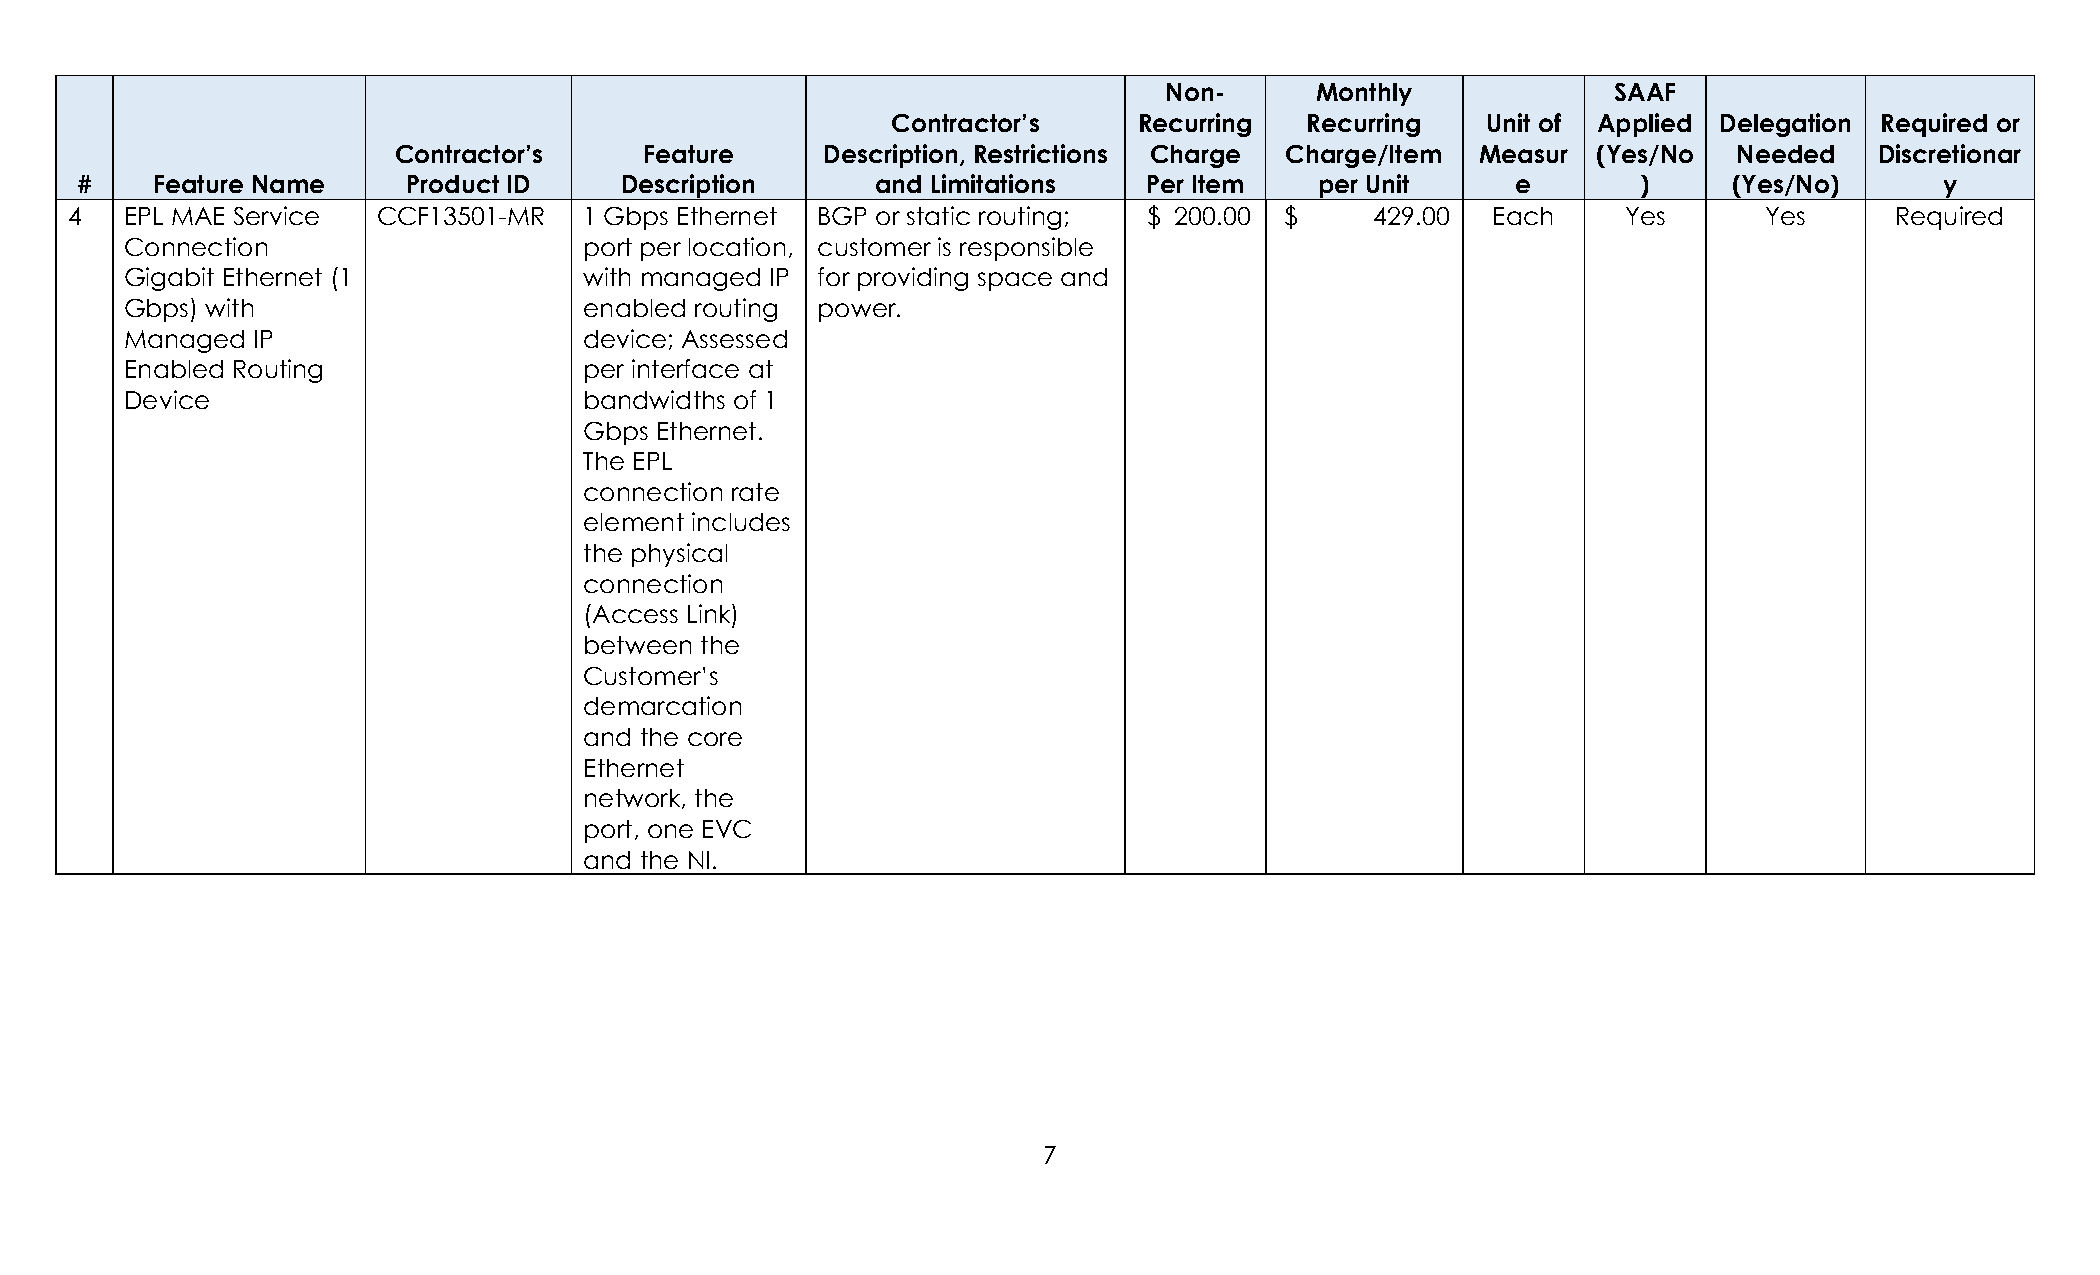
Non-      Monthly             SAAF
 Contractor’s    Recurring  Recurring   Unit of Applied Delegation Required or
 Contractor’s     Feature     Description, Restrictions Charge Charge/Item Measur (Yes/No Needed   Discretionar
 #    Feature Name     Product ID    Description      and Limitations   Per Item   per Unit     e        )     (Yes/No)      y
 4   EPL MAE Service  CCF13501-MR   1 Gbps Ethernet BGP or static routing; $ 200.00 $   429.00  Each     Yes      Yes     Required
 Connection                     port per location, customer is responsible
 Gigabit Ethernet (1            with managed IP for providing space and
 Gbps) with                     enabled routing power.
 Managed  IP                    device; Assessed
 Enabled Routing                per interface at
 Device                         bandwidths of 1
 Gbps Ethernet.
 The EPL
 connection rate
 element includes
 the physical
 connection
 (Access Link)
 between the
 Customer’s
 demarcation
 and the core
 Ethernet
 network, the
 port, one EVC
 and the NI.
 7